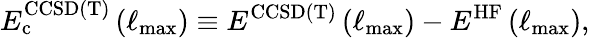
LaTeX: E_{\mathrm{c}}^{\mathrm{CCSD(T)}}\left(\ell_{\mathrm{max}}\right)\equiv E^{\mathrm{CCSD(T)}}\left(\ell_{\mathrm{max}}\right)-E^{\mathrm{HF}}\left(\ell_{\mathrm{max}}\right),